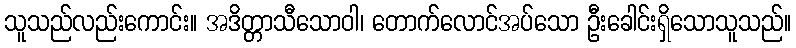
သူသည်လည်းကောင်း။ အဒိတ္တာသီသောဝါ၊ တောက်လောင်အပ်သော ဦးခေါင်းရှိသောသူသည်။